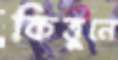
কিত্তুনে